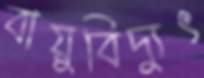
বায়ুবিদ্যুৎ